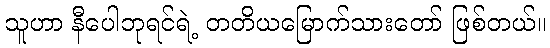
သူဟာ နီပေါဘုရင်ရဲ့ တတိယမြောက်သားတော် ဖြစ်တယ်။